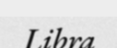
Libra